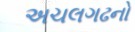
અચલગઢનો